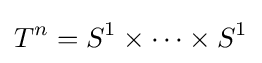
T^{n}=S^{1}\times \cdots \times S^{1}